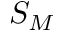
S _ { M }